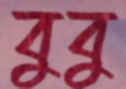
বুবু